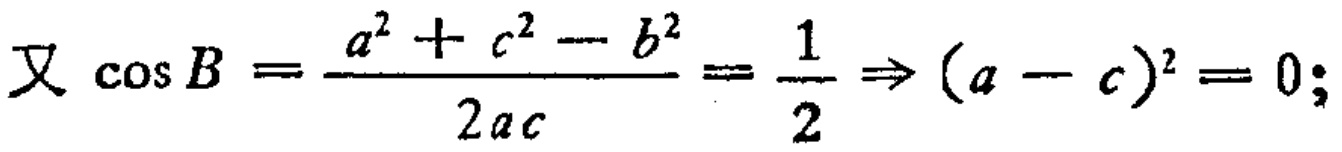
又 \(\cos B = \frac{a^{2} + c^{2} - b^{2}}{2ac} = \frac{1}{2} \Rightarrow (a - c)^{2} = 0;\)